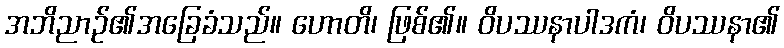
အဘိညာဉ်၏အခြေခံသည်။ ဟောတိ၊ ဖြစ်၏။ ဝိပဿနာပါဒကံ၊ ဝိပဿနာ၏